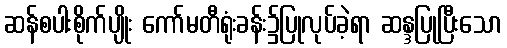
ဆန်စပါးစိုက်ပျိုး ကော်မတီရုံးခန်း၌ပြုလုပ်ခဲ့ရာ ဆန္ဒပြုပြီးသော